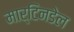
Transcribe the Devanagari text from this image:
मार्टिनडेल